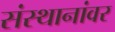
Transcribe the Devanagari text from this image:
संस्थानांवर